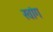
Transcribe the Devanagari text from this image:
खांग